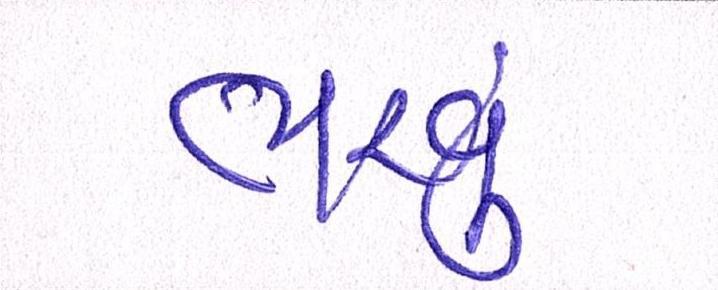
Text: ભરવું